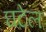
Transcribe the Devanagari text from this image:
घटेल